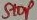
Text: Stop